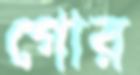
গোর